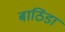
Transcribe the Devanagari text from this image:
बाठिंडा